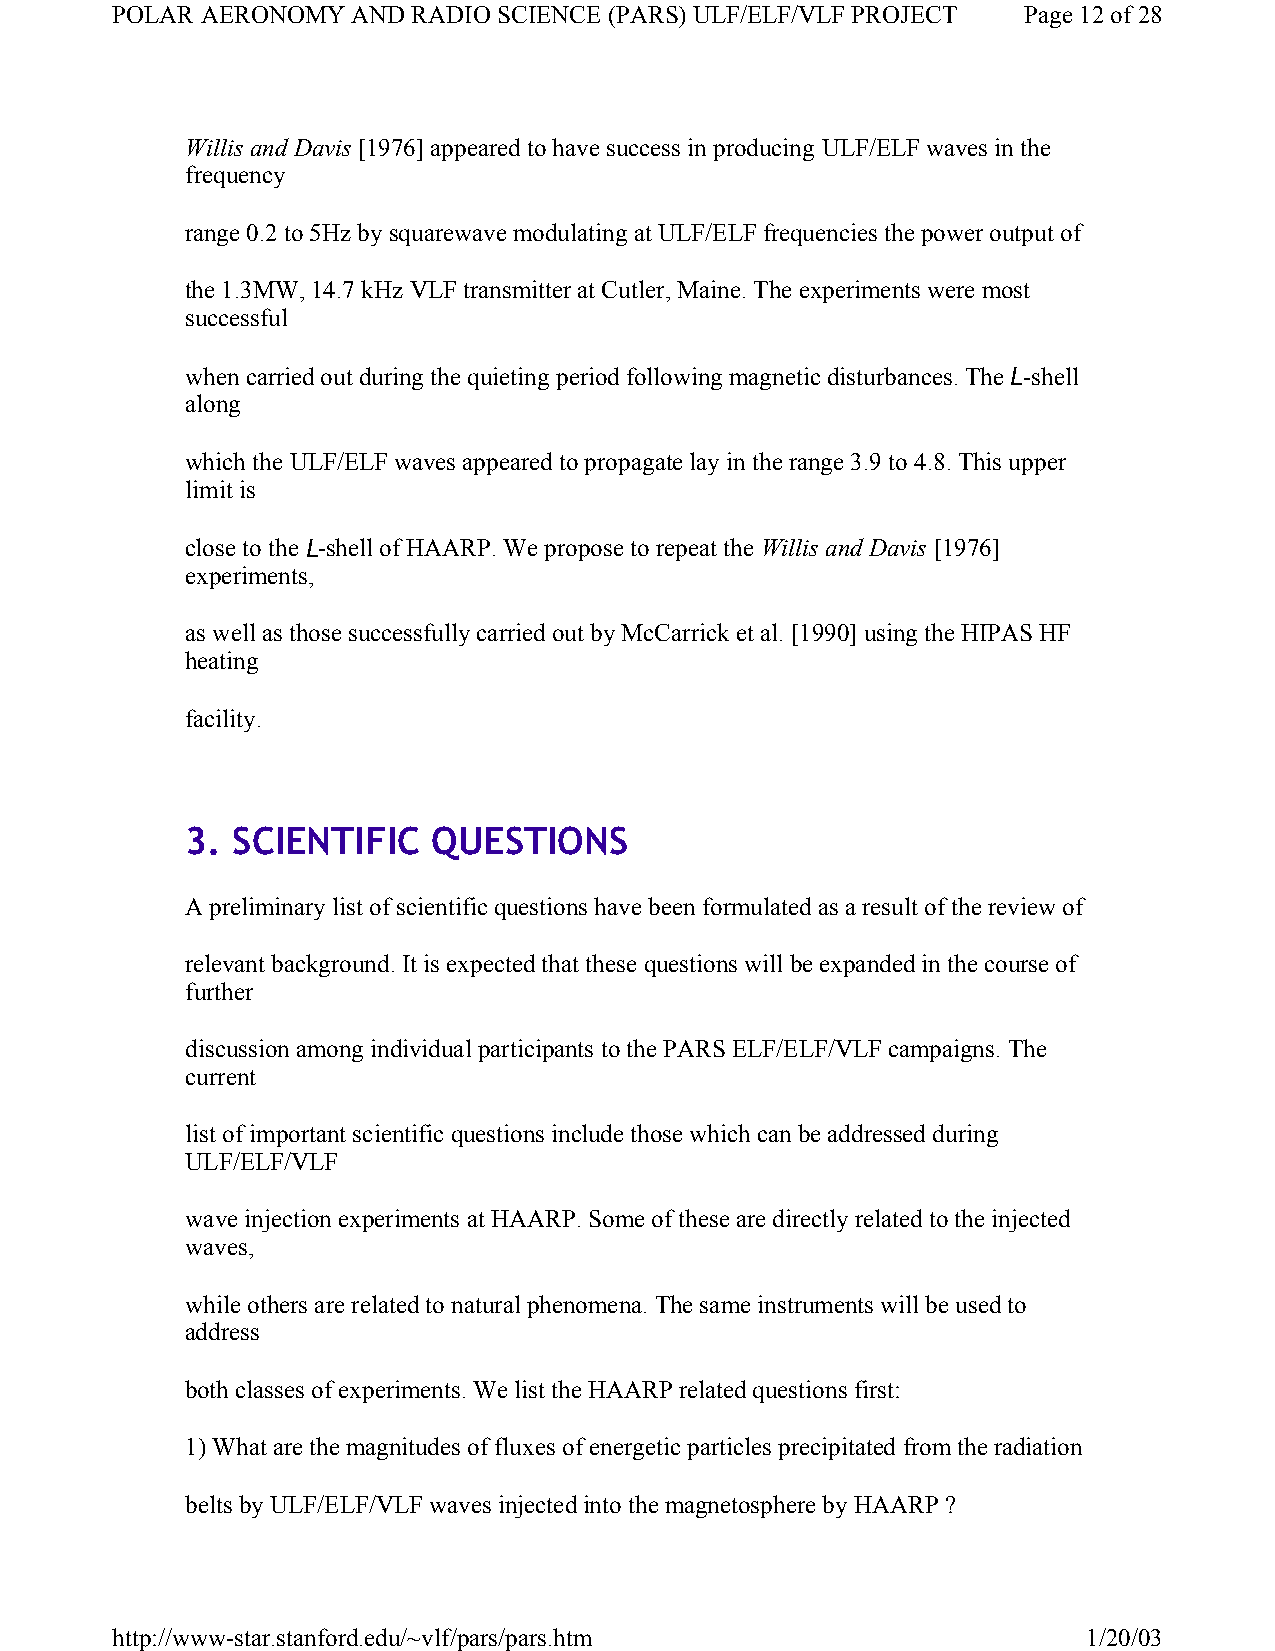
POLAR AERONOMY  AND RADIO SCIENCE (PARS) ULF/ELF/VLF PROJECT Page 12 of 28
 Willis and Davis [1976] appeared to have success in producing ULF/ELF waves in the
 frequency
 range 0.2 to 5Hz by squarewave modulating at ULF/ELF frequencies the power output of
 the 1.3MW, 14.7 kHz VLF transmitter at Cutler, Maine. The experiments were most
 successful
 when carried out during the quieting period following magnetic disturbances. The L-shell
 along
 which the ULF/ELF waves appeared to propagate lay in the range 3.9 to 4.8. This upper
 limit is
 close to the L-shell of HAARP. We propose to repeat the Willis and Davis [1976]
 experiments,
 as well as those successfully carried out by McCarrick et al. [1990] using the HIPAS HF
 heating
 facility.
 3. SCIENTIFIC    QUESTIONS
 A preliminary list of scientific questions have been formulated as a result of the review of
 relevant background. It is expected that these questions will be expanded in the course of
 further
 discussion among individual participants to the PARS ELF/ELF/VLF campaigns. The
 current
 list of important scientific questions include those which can be addressed during
 ULF/ELF/VLF
 wave injection experiments at HAARP. Some of these are directly related to the injected
 waves,
 while others are related to natural phenomena. The same instruments will be used to
 address
 both classes of experiments. We list the HAARP related questions first:
 1) What are the magnitudes of fluxes of energetic particles precipitated from the radiation
 belts by ULF/ELF/VLF waves injected into the magnetosphere by HAARP ?
 http://www-star.stanford.edu/~vlf/pars/pars.htm                  1/20/03